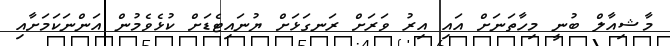
މާޝިއާލް ބުނީ މިހާތަނަށް އައި އިރު ވަރަށް ރަނގަޅަށް ޔުނައިޓެޑަށް ކުޅެވެމުން އަންނަކަމަށާއި